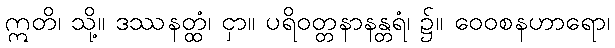
ဣတိ၊ သို့။ ဒဿနတ္ထံ၊ ငှာ။ ပရိဝတ္တနာနန္တရံ၊ ၌။ ဝေဝစနဟာရော၊